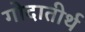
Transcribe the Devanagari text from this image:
गोदातीर्थ